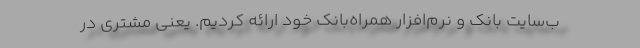
ب‌سایت بانک و نرم‌افزار همراه‌بانک خود ارائه کردیم. یعنی مشتری در